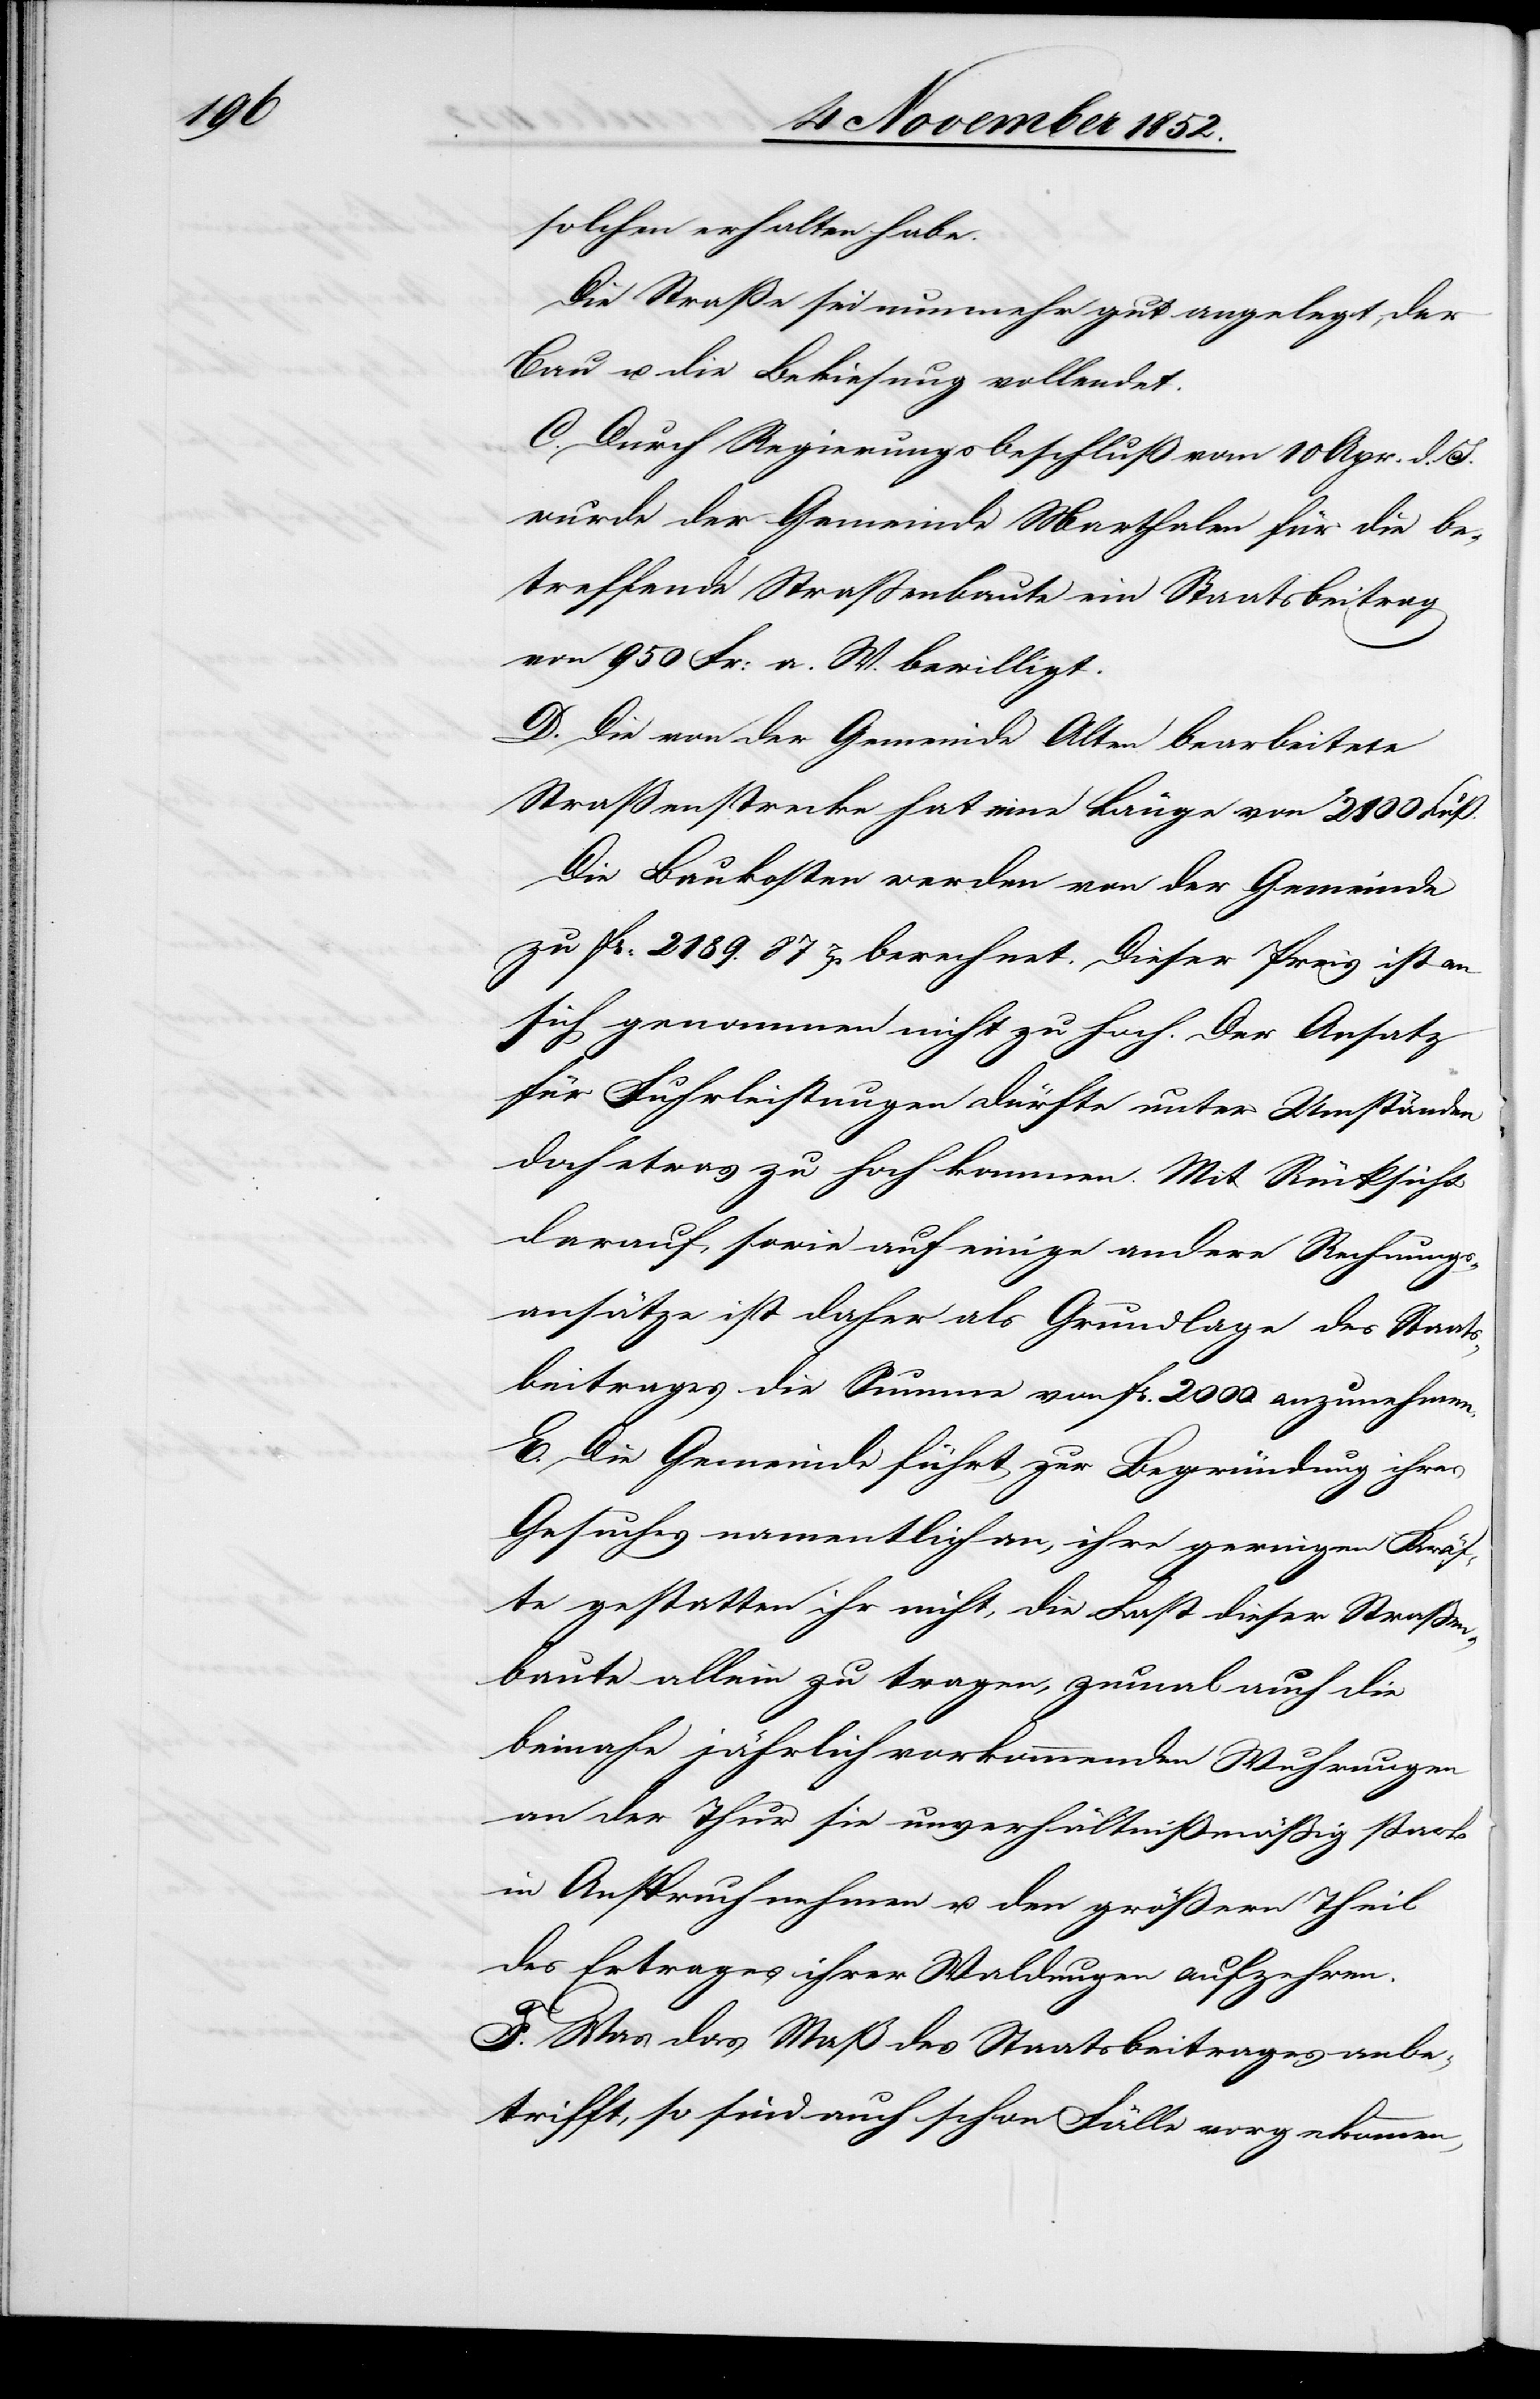
solchen erhalten habe.
Die Straße sei nunmehr gut angelegt, der
Bau u. die Bekiesung vollendet.
C. Durch Regierungsbeschluß vom 10 Apr. d.
wurde der Gemeinde Marthalen für die be¬
treffende Straßenbaute ein Staatsbeitrag
von 950 Fr: a. W. bewilligt.
D. Die von der Gemeinde Alten bearbeitete
Straßenstrecke hat eine Länge von 2800 Fuß.
Die Baukosten werden von der Gemeinde
zu Fr: 2189. 87 rp berechnet. Dieser Preis ist an
sich genommen nicht zu hoch. Der Ansatz
für Fuhrleistungen dürfte unter Umständen
doch etwas zu hoch kommen. Mit Rücksicht
darauf, sowie auf einige andere Rechnungs¬
ansätze ist daher als Grundlage des Staats¬
beitrages die Summe von Fr. 2000. anzunehmen.
E. Die Gemeinde führt zur Begründung ihres
Gesuches namentlich an, ihre geringen Kräf¬
te gestatten ihr nicht, die Last dieser Straßen¬
baute allein zu tragen, zumal auch die
beinahe jährlich vorkommenden Wuhrungen
an der Thur sie unverhältnißmäßig stark
in Anspruch nehmen u. den größern Theil
des Ertrages ihrer Waldungen aufzehren.
F. Was das Maß des Staatsbeitrages anbe¬
trifft, so sind auch schon Fälle vorgekommen,